Civil Veterinary Department Bihar reports 1936-40 - 1936-1940
Year: 1936
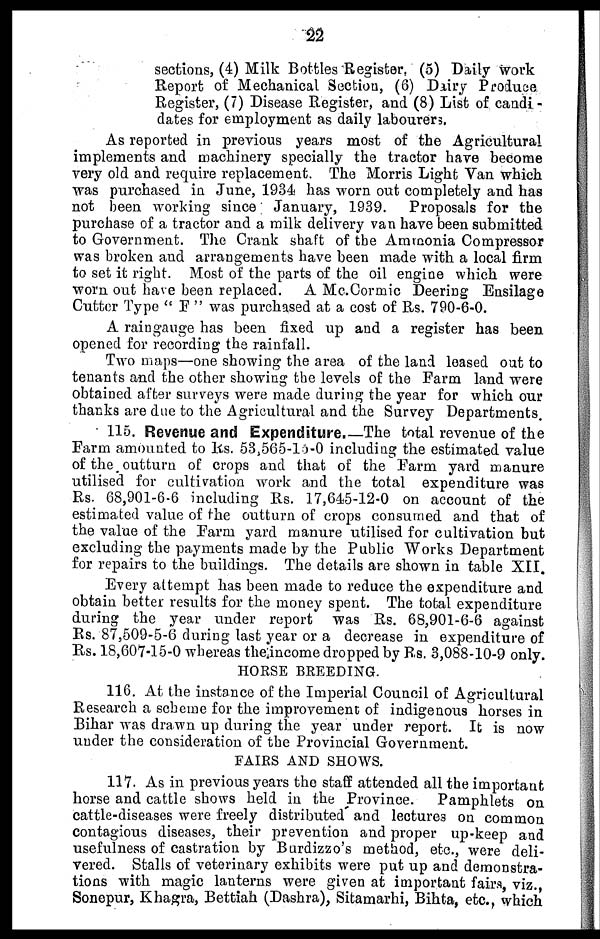
sections, (4) Milk Bottles Register, (5) Daily work
Report of Mechanical Section, (6) Dairy Produce
Register, (7) Disease Register, and (8) List of candi-
dates for employment as daily labourers.
As reported in previous years most of the Agricultural
implements and machinery specially the tractor have become
very old and require replacement. The Morris Light Van which
was purchased in June, 1934 has worn out completely and has
not been working since January, 1939. Proposals for the
purchase of a tractor and a milk delivery van have been submitted
to Government. The Crank shaft of the Ammonia Compressor
was broken and arrangements have been made with a local firm
to set it right. Most of the parts of the oil engine which were
worn out have been replaced. A Mc.Cormic Deering Ensilage
Cutter Type "F" was purchased at a cost of Rs. 790-6-0.
A raingauge has been fixed up and a register has been
opened for recording the rainfall.
Two maps—one showing the area of the land leased out to
tenants and the other showing the levels of the Farm land were
obtained after surveys were made during the year for which our
thanks are due to the Agricultural and the Survey Departments.
115. Revenue and Expenditure.—The total revenue of the
Farm amounted to Rs. 53,565-lo-0 including the estimated value
of the outturn of crops and that of the Farm yard manure
utilised for cultivation work and the total expenditure was
Rs. 68,901-6-6 including Rs. 17,645-12-0 on account of the
estimated value of the outturn of crops consumed and that of
the value of the Farm yard manure utilised for cultivation but
excluding the payments made by the Public Works Department
for repairs to the buildings. The details are shown in table XII.
Every attempt has been made to reduce the expenditure and
obtain better results for the money spent. The total expenditure
during the year under report was Rs. 68,901-6-6 against
Rs. 87,509-5-6 during last year or a decrease in expenditure of
Rs. 18,607-15-0 whereas the income dropped by Rs. 3,088-10-9 only.
HOUSE BREEDING.
116. At the instance of the Imperial Council of Agricultural
Research a scheme for the improvement of indigenous horses in
Bihar was drawn up during the year under report. It is now
under the consideration of the Provincial Government.
FAIRS AND SHOWS.
117. As in previous years the staff attended all the important
horse and cattle shows held in the Province. Pamphlets on
cattle-diseases were freely distributed and lectures on common
contagious diseases, their prevention and proper up-keep and
usefulness of castration by Burdizzo's method, etc., were deli-
vered. Stalls of veterinary exhibits were put up and demonstra-
tions with magic lanterns were given at important fairs, viz.,
Sonepur, Khagra, Bettiah (Dashra), Sitamarhi, Bihta, etc., which